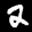
Label: 2